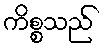
ကိစ္စသည်